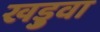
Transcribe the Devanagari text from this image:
खड़ुवा